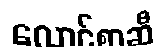
လောင်စာဆီ